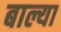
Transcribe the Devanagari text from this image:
बाल्या